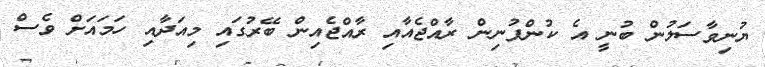
ޔުނިވާސަލުން ބުނީ އެ ކުންފުނިން ރާއްޖެއާއި ރާއްޖެއިން ބޭރުގައި މިއަދާއި ހަމައަށް ވެސް